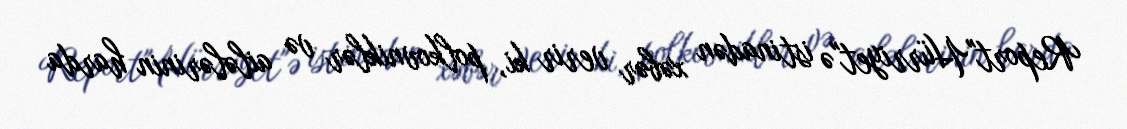
Report"Hürriyet"ə istinadən xəbər verir ki, polkovniklər və ailələrinin harda